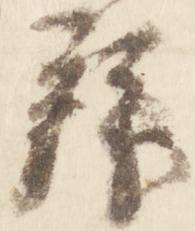
拝